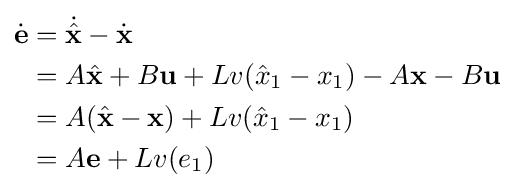
{\begin{aligned}{\dot {\mathbf {e} }}&={\dot {\hat {\mathbf {x} }}}-{\dot {\mathbf {x} }}\\&=A{\hat {\mathbf {x} }}+B\mathbf {u} +Lv({\hat {x}}_{1}-x_{1})-A\mathbf {x} -B\mathbf {u} \\&=A({\hat {\mathbf {x} }}-\mathbf {x} )+Lv({\hat {x}}_{1}-x_{1})\\&=A\mathbf {e} +Lv(e_{1})\end{aligned}}